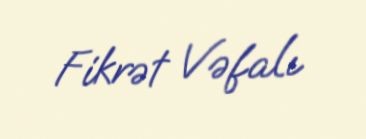
Fikrət Vəfalı